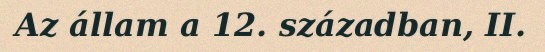
Az állam a 12. században, II.